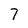
Character: 7